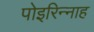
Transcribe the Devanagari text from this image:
पोइरिन्नाह